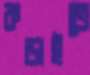
কড়াইতে